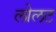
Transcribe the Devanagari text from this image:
लोलट